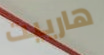
هارييت